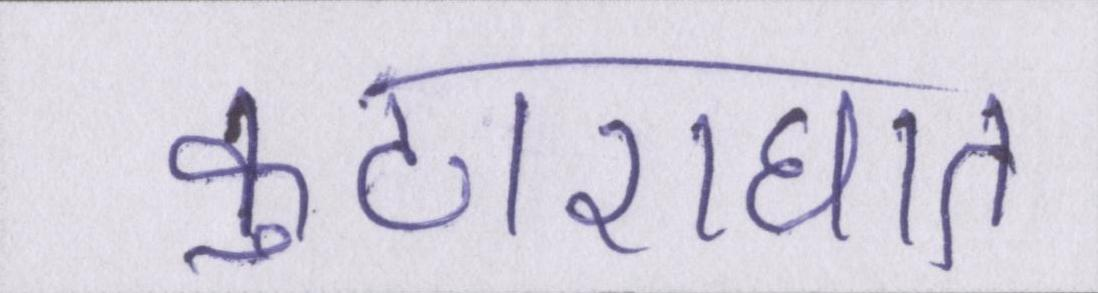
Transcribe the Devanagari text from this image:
कुठाराघात